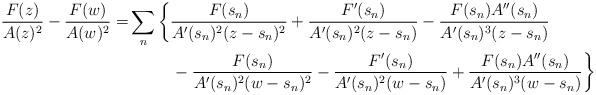
\begin{align*} \frac{F(z)}{A(z)^2}-\frac{F(w)}{A(w)^2} =& \sum_n\bigg\{\frac{F(s_n)}{A'(s_n)^2(z-s_n)^2}+ \frac{F'(s_n)}{A'(s_n)^2(z-s_n)}-\frac{F(s_n)A''(s_n)}{A'(s_n)^3(z-s_n)} \\ &\ \ \ \ \ \ \ \ - \frac{F(s_n)}{A'(s_n)^2(w-s_n)^2}- \frac{F'(s_n)}{A'(s_n)^2(w-s_n)}+\frac{F(s_n)A''(s_n)}{A'(s_n)^3(w-s_n)} \bigg\} \end{align*}